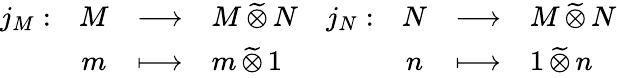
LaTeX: \begin{array}{rcll}{j_{M}:}&{M}&{\longrightarrow}&{M\, \widetilde{\otimes}\, N}\\ &{m}&{\longmapsto}&{m\, \widetilde{\otimes}\, 1}\end{array}\quad\begin{array}{rcll}{j_{N}:}&{N}&{\longrightarrow}&{M\, \widetilde{\otimes}\, N}\\ &{n}&{\longmapsto}&{1\, \widetilde{\otimes}\, n}\end{array}